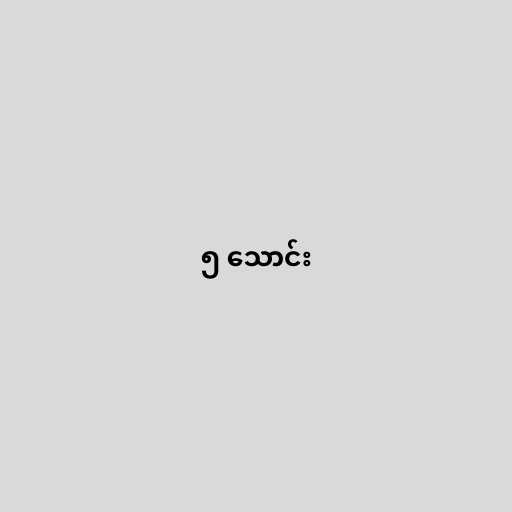
၅ သောင်း